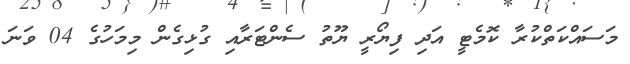
މަސައްކަތްކުރާ ކޮމެޓީ އަދި ފިޔޯރީ ޔޫތު ސެންޓަރާއި ގުޅިގެން މިމަހުގެ 04 ވަނަ